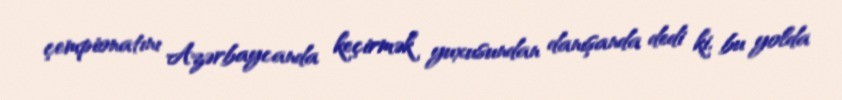
çempionatını Azərbaycanda keçirmək yuxusundan danışanda dedi ki, bu yolda